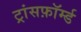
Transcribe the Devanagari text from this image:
ट्रांसफ़ॉर्म्ड